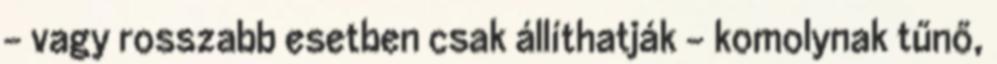
– vagy rosszabb esetben csak állíthatják – komolynak tűnő,